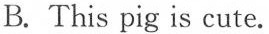
B. This pig is cute.